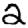
Digit: 2